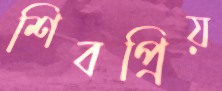
শিবপ্রিয়